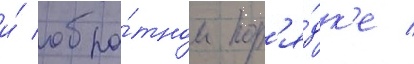
и́ обра́тном пор'я́дк'е /